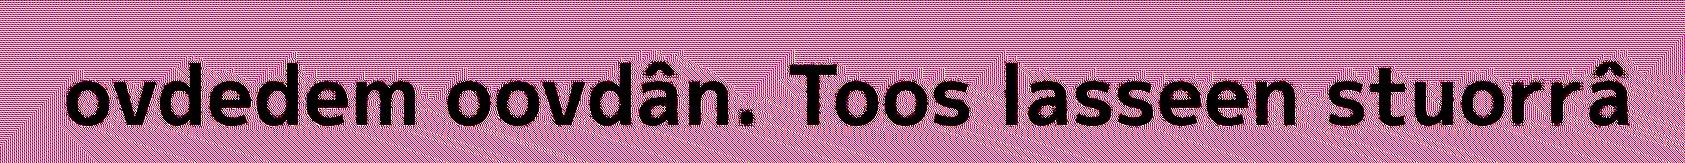
ovdedem oovdân. Toos lasseen stuorrâ